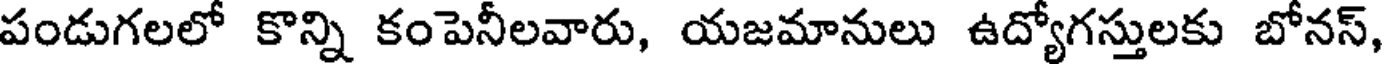
పండుగలలో కొన్ని కంపెనీలవారు, యజమానులు ఉద్యోగస్తులకు బోనస్,